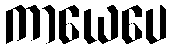
ကာယေပေ